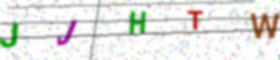
Text: JJHTW